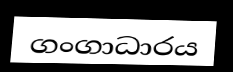
ගංගාධාරය